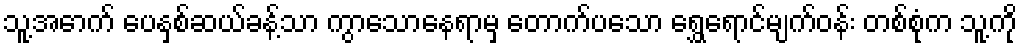
သူ့အောက် ပေနှစ်ဆယ်ခန့်သာ ကွာသောနေရာမှ တောက်ပသော ရွှေရောင်မျက်ဝန်း တစ်စုံက သူ့ကို